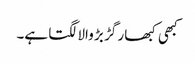
کبھی کبھار گڑ بڑ والا لگتا ہے۔